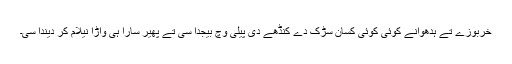
خربوزے تے ہدھوانے کوئی کوئی کسان سڑک دے کنڈھے دی پیلی وچ بیجدا سی تے پھیر سارا ہی واڑا نیلام کر دیندا سی۔